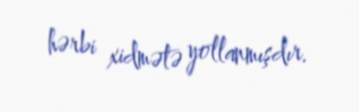
hərbi xidmətə yollanmışdır.